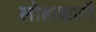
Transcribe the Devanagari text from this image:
लोहाकारों